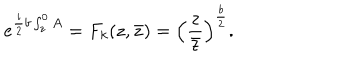
e ^ { { \frac { i } { 2 } } b \int _ { z } ^ { 0 } A } = F _ { k } ( z , \bar { z } ) = \left( { \frac { z } { \bar { z } } } \right) ^ { \frac { b } { 2 } } .